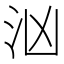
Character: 汹